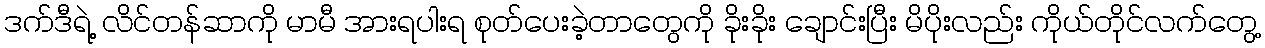
ဒက်ဒီရဲ့ လိင်တန်ဆာကို မာမီ အားရပါးရ စုတ်ပေးခဲ့တာတွေကို ခိုးခိုး ချောင်းပြီး မိပိုးလည်း ကိုယ်တိုင်လက်တွေ့